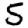
Digit: 5